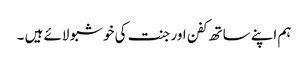
ہم اپنے ساتھ کفن اور جنت کی خوشبو لائے ہیں ۔